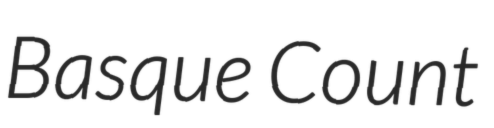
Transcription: Basque Count